Mental hospitals Bombay report 1921-28 - 1921-1928
Year: 1921
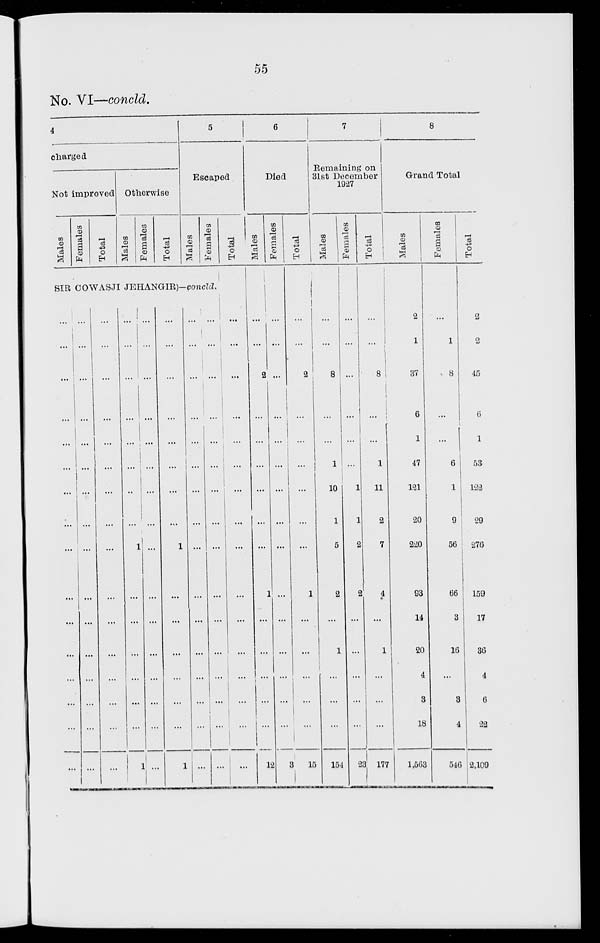
55
No. VI-concld.
4
charged
Not improved
Males
Females
Total
Otherwise
Males
Females
Total
5
Escaped
Males
Females
Total
SIR COWASJI JEHANGIR)-concld.
...
...
...
...
...
...
...
...
...
...
...
...
...
...
...
...
...
...
...
...
...
...
...
...
...
...
...
...
...
...
...
...
...
...
...
...
...
...
...
...
...
...
...
...
...
...
...
...
...
...
...
...
...
...
...
...
1
...
...
...
...
...
...
1
...
...
...
...
...
...
...
...
...
...
...
...
...
...
...
...
...
...
...
...
...
...
...
...
1
...
...
...
...
...
...
1
...
...
...
...
...
...
...
...
...
...
...
...
...
...
...
...
...
...
...
...
...
...
...
...
...
...
...
...
...
...
...
...
...
...
...
...
...
...
...
...
...
...
...
...
...
...
...
...
6
7
Died
Males
...
...
2
...
...
...
...
...
...
1
...
...
...
...
...
12
Females
...
...
...
...
...
...
...
...
...
...
...
...
...
...
...
3
Total
...
...
2
...
...
...
...
...
...
1
...
...
...
...
...
15
Remaining on
31st December
1927
Males
...
...
8
...
...
1
10
1
5
2
...
1
...
...
...
154
Females
...
...
...
...
...
...
1
1
2
2
...
...
...
...
...
23
Total
...
...
8
...
...
1
11
2
7
4
...
1
...
...
...
177
8
Grand Total
Males
2
1
37
6
1
47
121
20
220
93
14
20
4
3
18
1,563
Females
...
1
8
...
...
6
1
9
56
66
3
16
...
3
4
546
Total
2
2
45
6
1
53
122
29
276
159
17
36
4
6
22
2,109